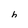
Character: h